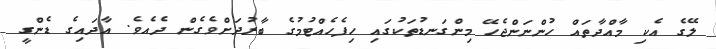
ލޭގެ އެކި މާއްދާތައް ހުންނަންޖެހޭ މިންގަނޑުތަކުގައި ހިފެހެއްޓުމުގެ ބާރުދަށްވެގެން ދެއެވެ. އާދައިގެ ޑެންގީ